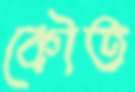
কৌত